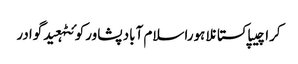
کراچیپاکستانلاہوراسلام آبادپشاورکوئٹہعیدگوادر